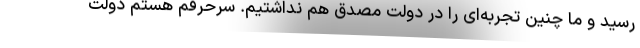
رسید و ما چنین تجربه‌ای را در دولت مصدق هم نداشتیم. سرحرفم هستم دولت